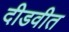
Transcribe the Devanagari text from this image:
दीडवीत